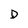
Character: D